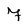
Character: 7